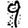
Digit: 9